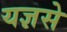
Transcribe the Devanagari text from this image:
यज्ञसे